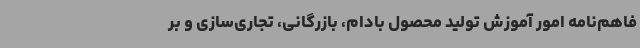
فاهم‌نامه امور آموزش تولید محصول بادام، بازرگانی، تجاری‌سازی و بر